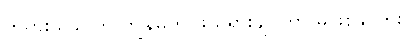
ဘုရားသခင်က ကျွန်မကို ဖယ်ရှားချင်တာ မဖြစ်နိုင်ဘူး။